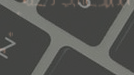
مركز لتدريب الكمبيوتر وال